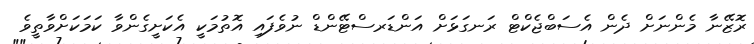
ރޮޒޭނާ މެންނަށް ދެން އެސަބްޖެކްޓް ރަނގަޅަށް އަންޑަރސްޓޭންޑް ނުވެފައި އޮތުމަކީ އެކަށީގެންވާ ކަމަކަށްވާތީވެ